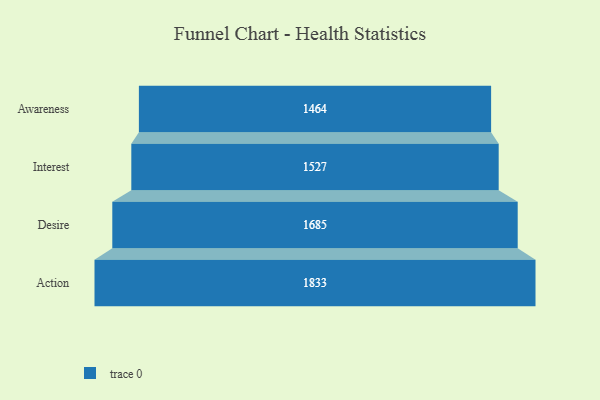
{"axis": {"x": "Stage", "y": "Value"}, "legend": [""], "data": [{"x": "Awareness", "y": 1464.0, "type": ""}, {"x": "Interest", "y": 1527.0, "type": ""}, {"x": "Desire", "y": 1685.0, "type": ""}, {"x": "Action", "y": 1833.0, "type": ""}]}